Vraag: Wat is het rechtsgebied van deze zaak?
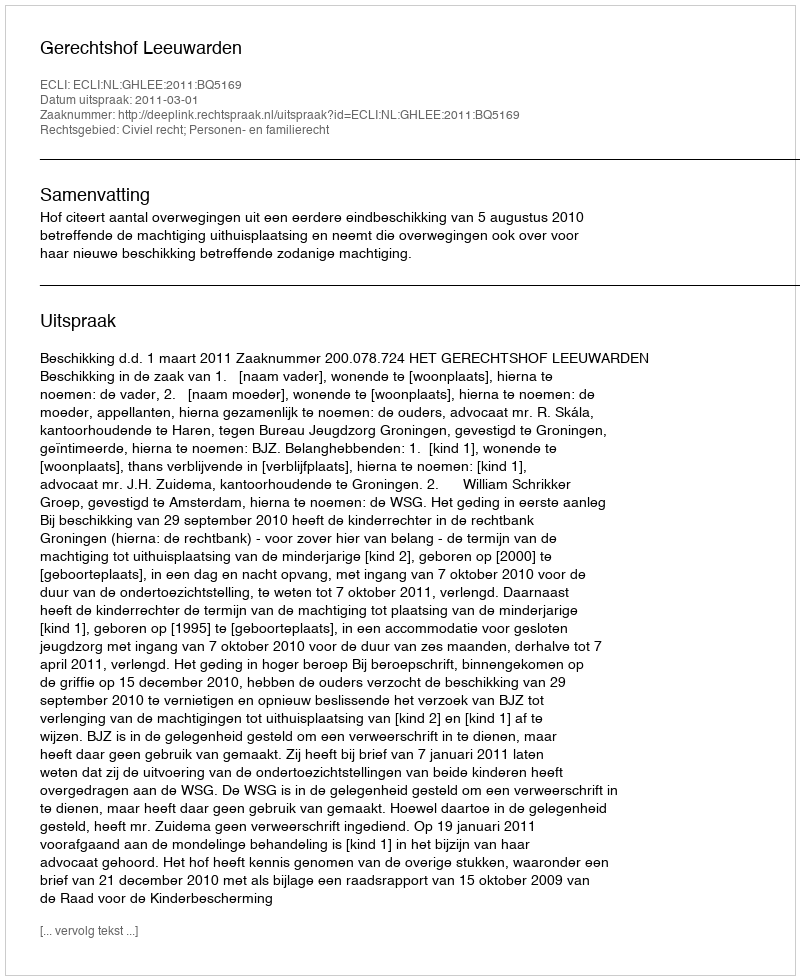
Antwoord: Civiel recht; Personen- en familierecht